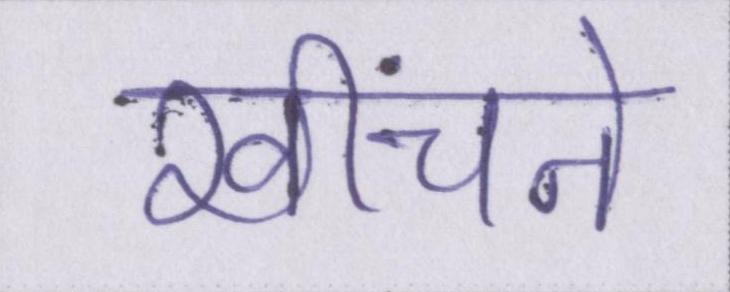
खींचने